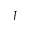
J